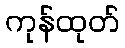
ကုန်ထုတ်